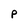
Character: P